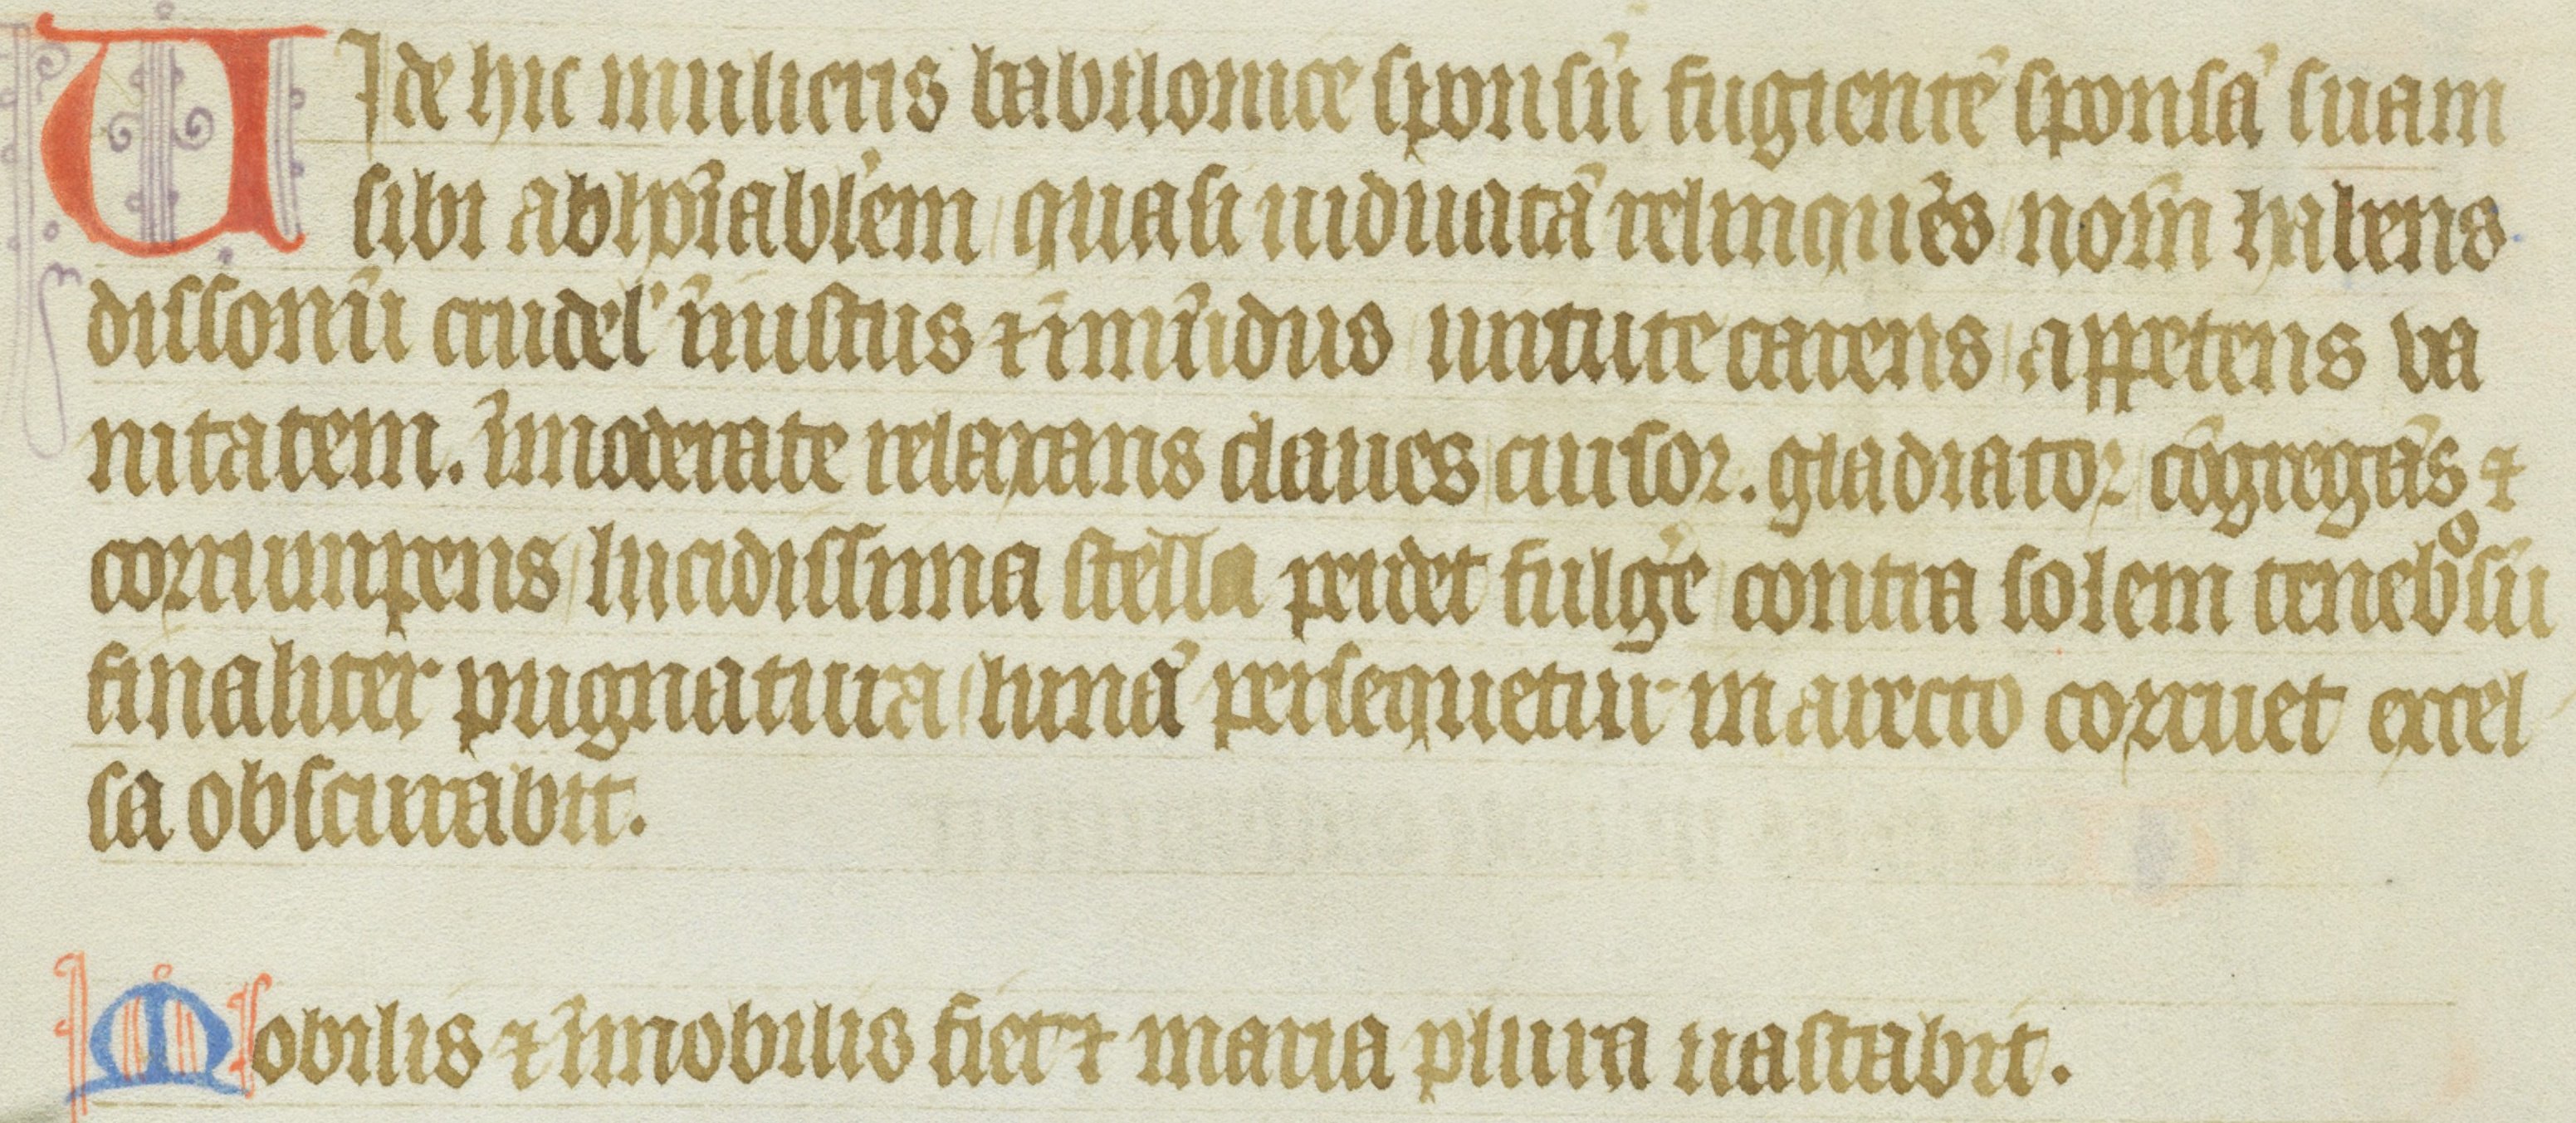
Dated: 1355–1375